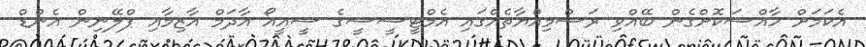
އެކަމަށް ހާއްސަކޮށްގެން ބޭއްވި ރަސްމިއްޔާތެއްގައި އެމްޓީސީސީގެ ސީއީއޯ އާދަމް އާޒިމާއި ޕްލޭނިން އެންޑް